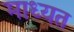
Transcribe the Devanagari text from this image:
माध्यत